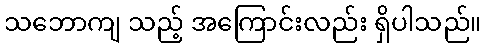
သဘောကျ သည့် အကြောင်းလည်း ရှိပါသည်။